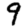
Digit: 9